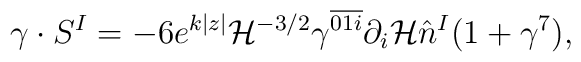
\gamma\cdot S^I = -6e^{k|z|}{\cal H}^{-3/2}\gamma^{\overline{01i}}\partial_i{\cal H} \hat n^I(1+\gamma^7),